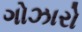
ગોઝારો